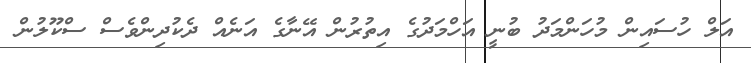
އަލް ހުސައިން މުހަންމަދު ބުނީ އަހްމަދުގެ އިތުރުން އޭނާގެ އަނެއް ދެކުދިންވެސް ސްކޫލުން